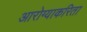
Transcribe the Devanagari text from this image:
आरोग्याकरिता